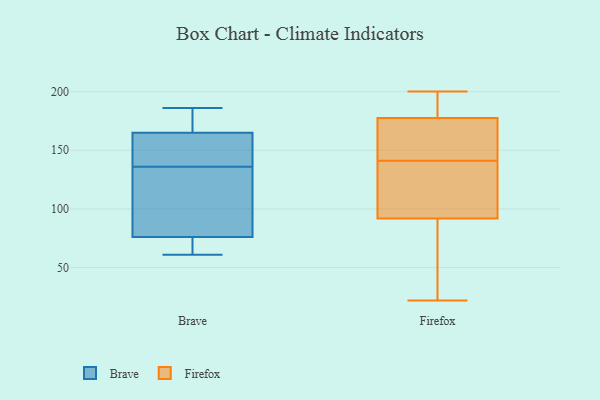
{"axis": {"x": "Gross Profit (USD K)", "y": "Value"}, "legend": ["Brave", "Firefox"], "data": [{"x": "", "y": 107, "type": "Brave"}, {"x": "", "y": 165, "type": "Brave"}, {"x": "", "y": 71, "type": "Brave"}, {"x": "", "y": 91, "type": "Brave"}, {"x": "", "y": 71, "type": "Brave"}, {"x": "", "y": 178, "type": "Brave"}, {"x": "", "y": 165, "type": "Brave"}, {"x": "", "y": 136, "type": "Brave"}, {"x": "", "y": 61, "type": "Brave"}, {"x": "", "y": 186, "type": "Brave"}, {"x": "", "y": 165, "type": "Brave"}, {"x": "", "y": 182, "type": "Firefox"}, {"x": "", "y": 193, "type": "Firefox"}, {"x": "", "y": 90, "type": "Firefox"}, {"x": "", "y": 199, "type": "Firefox"}, {"x": "", "y": 164, "type": "Firefox"}, {"x": "", "y": 132, "type": "Firefox"}, {"x": "", "y": 97, "type": "Firefox"}, {"x": "", "y": 200, "type": "Firefox"}, {"x": "", "y": 155, "type": "Firefox"}, {"x": "", "y": 140, "type": "Firefox"}, {"x": "", "y": 22, "type": "Firefox"}, {"x": "", "y": 141, "type": "Firefox"}, {"x": "", "y": 72, "type": "Firefox"}, {"x": "", "y": 152, "type": "Firefox"}, {"x": "", "y": 26, "type": "Firefox"}]}